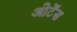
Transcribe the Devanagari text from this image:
ओर्टेंस